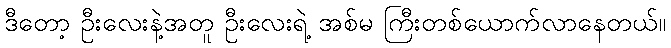
ဒီတော့ ဦးလေးနဲ့အတူ ဦးလေးရဲ့ အစ်မ ကြီးတစ်ယောက်လာနေတယ်။